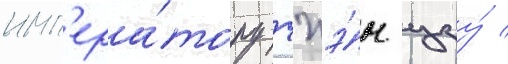
имп'ера́тору чжэ́н цзу́ /